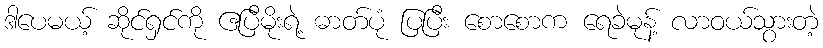
ဒါပေမယ့် ဆိုင်ရှင်ကို ဧပြီမိုးရဲ့ ဓာတ်ပုံ ပြပြီး စောစောက ရေခဲမုန့် လာဝယ်သွားတဲ့